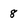
Character: 8